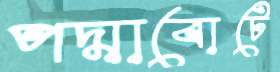
পদ্মাবোটে